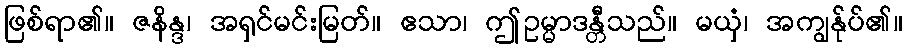
ဖြစ်ရာ၏။ ဇနိန္ဒ၊ အရှင်မင်းမြတ်။ ဧသာ၊ ဤဥမ္မာဒန္တီသည်။ မယှံ၊ အကျွန်ုပ်၏။